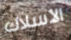
الأسلاك